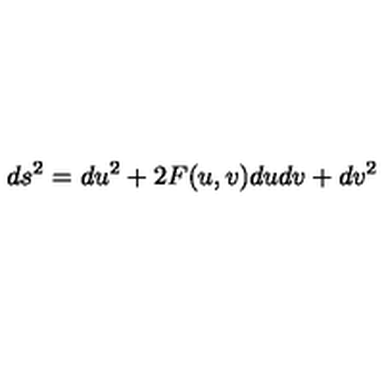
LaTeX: d s ^ { 2 } = d u ^ { 2 } + 2 F ( u , v ) d u d v + d v ^ { 2 }